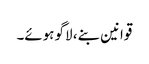
قوانین بنے، لاگو ہوئے۔